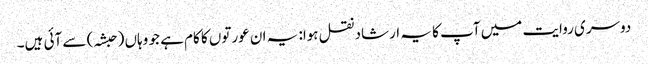
دوسری روایت میں آپ کا یہ ارشاد نقل ہوا: یہ ان عورتوں کا کام ہے جو وہاں (حبشہ) سے آئی ہیں۔